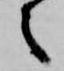
之